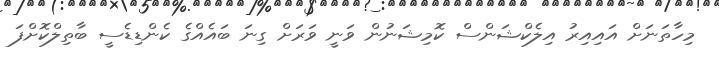
މިހާތަނަށް އައިއިރު އިލެކްޝަންސް ކޮމިޝަނުން ވަނީ ވަރަށް ގިނަ ބައެއްގެ ކެންޑިޑެސީ ބާތިލްކޮށްފަ